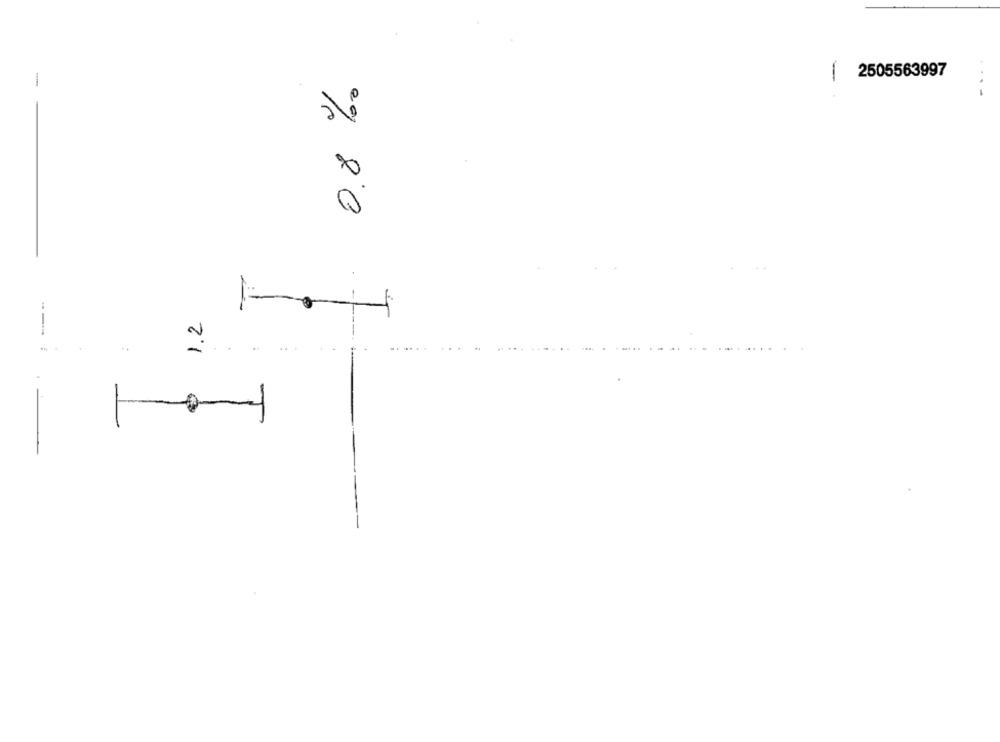
2505563997
1
1.2
% 20 7
..